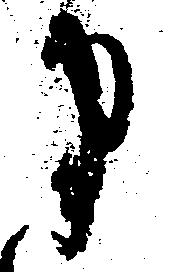
ま